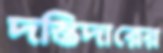
দস্তিদারের